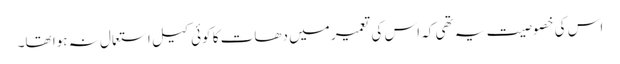
اس کی خصوصیت یہ تھی کہ اس کی تعمیر میں دھات کا کوئی کیل استعمال نہ ہوا تھا۔